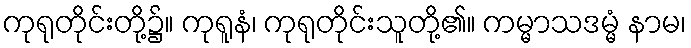
ကုရုတိုင်းတို့၌။ ကုရူနံ၊ ကုရုတိုင်းသူတို့၏။ ကမ္မာသဒမ္မံ နာမ၊